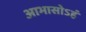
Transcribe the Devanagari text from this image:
आभासोऽहं